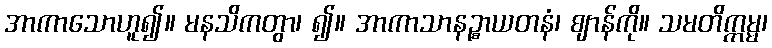
အာကာသောဟူ၍။ မနသိကတွာ၊ ၍။ အာကာသာနဉ္စာယတနံ၊ ဈာန်ကို။ သမတိက္ကမ္မ၊